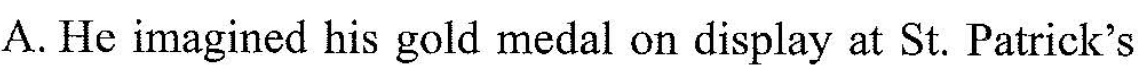
A. He imagined his gold medal on display at St. Patrick's